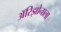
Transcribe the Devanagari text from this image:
अॅरिझोनाला